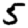
Digit: 5